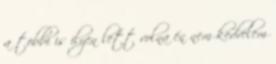
a többi is ilyen lett volna én nem kedvelem